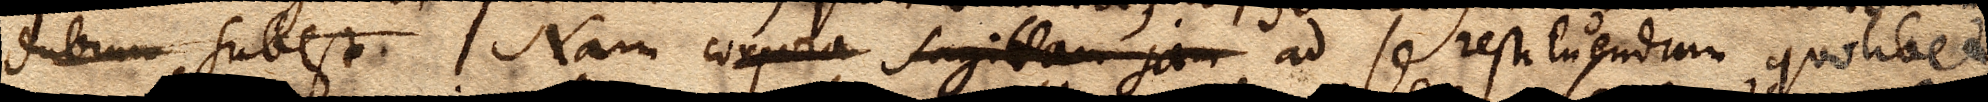
dubium subest Nam corpora sagittam jam ad se restituendum quolibet